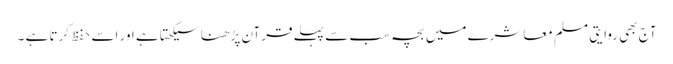
آج بھی روایتی مسلم معاشرے میں بچہ سب سے پہلے قرآن پڑھنا سیکھتا ہے اور اسے حفظ کرتا ہے ۔